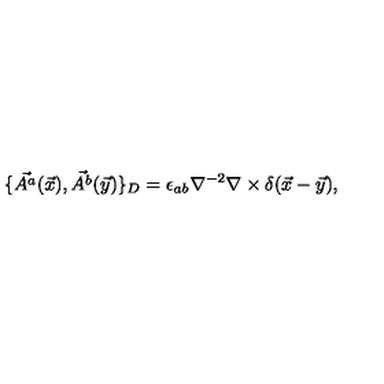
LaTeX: \{ \vec { A ^ { a } } ( \vec { x } ) , \vec { A ^ { b } } ( \vec { y } ) \} _ { D } = \epsilon _ { a b } \nabla ^ { - 2 } \nabla \times \delta ( \vec { x } - \vec { y } ) ,